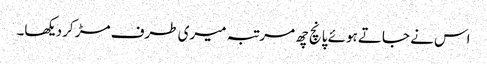
اس نے جاتے ہوئے پانچ چھ مرتبہ میری طرف مڑ کر دیکھا۔